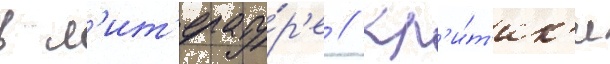
в л'ит'ерату́р'е // Кр'и́т'ик'и